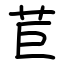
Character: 苣